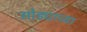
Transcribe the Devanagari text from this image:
सोड्याच्या